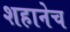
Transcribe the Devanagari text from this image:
शहानेच